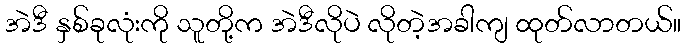
အဲဒီ နှစ်ခုလုံးကို သူတို့က အဲဒီလိုပဲ လိုတဲ့အခါကျ ထုတ်လာတယ်။